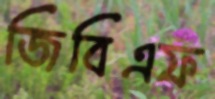
জিবিএফ